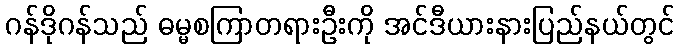
ဂန်ဒိုဂန်သည် ဓမ္မစကြာတရားဦးကို အင်ဒီယားနားပြည်နယ်တွင်